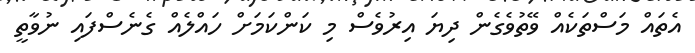
އެތައް މަސްތަކެއް ވޭތުވެގެން ދިޔަ އިރުވެސް މި ކަންކަމަށް ހައްލެއް ގެނެސްފައި ނުވާތީ